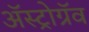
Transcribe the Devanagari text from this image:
अॅस्ट्रोग्रॅव